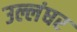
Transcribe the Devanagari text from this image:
उल्लंघर